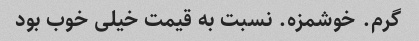
گرم. خوشمزه. نسبت به قیمت خیلی خوب بود